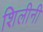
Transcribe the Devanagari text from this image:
शिलीनी